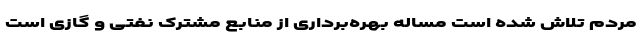
مردم تلاش شده است مساله بهره‌برداری از منابع مشترک نفتی و گازی است